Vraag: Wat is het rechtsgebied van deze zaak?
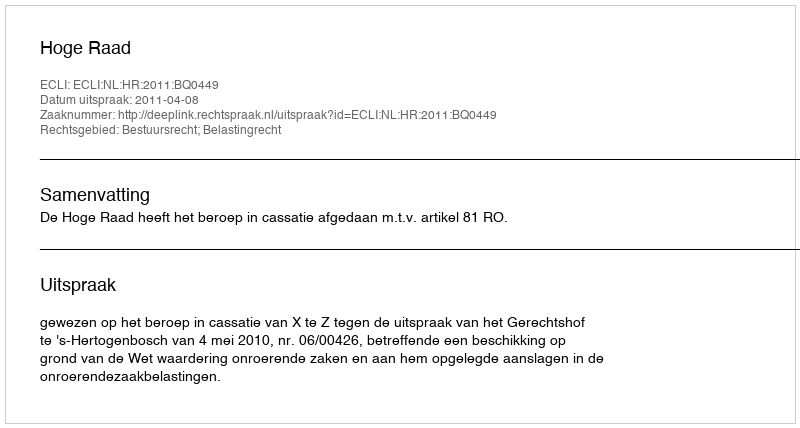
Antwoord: Bestuursrecht; Belastingrecht